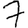
Digit: 7